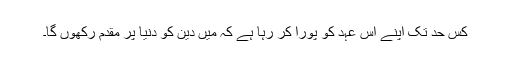
کس حد تک اپنے اس عہد کو پورا کر رہا ہے کہ مَیں دین کو دنیا پر مقدم رکھوں گا۔